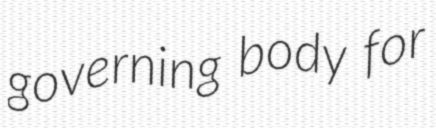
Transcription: governing body for